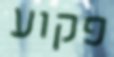
פקוע